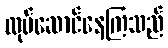
လုပ်ဆောင်နေကြသည်